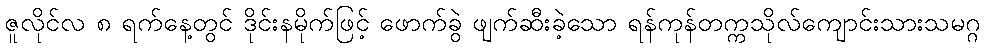
ဇူလိုင်လ ၈ ရက်နေ့တွင် ဒိုင်းနမိုက်ဖြင့် ဖောက်ခွဲ ဖျက်ဆီးခဲ့သော ရန်ကုန်တက္ကသိုလ်ကျောင်းသားသမဂ္ဂ